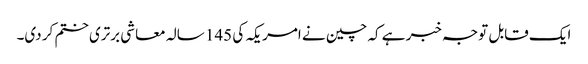
ایک قابل توجہ خبر ہے کہ چین نے امریکہ کی 145 سالہ معاشی برتری ختم کر دی۔